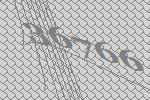
36766